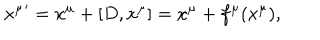
{ x ^ { \mu } } ^ { \prime } = x ^ { \mu } + [ D , x ^ { \mu } ] = x ^ { \mu } + f ^ { \mu } ( x ^ { \mu } ) ,